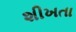
શીખતા